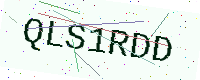
Text: QLS1RDD